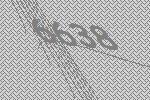
6638